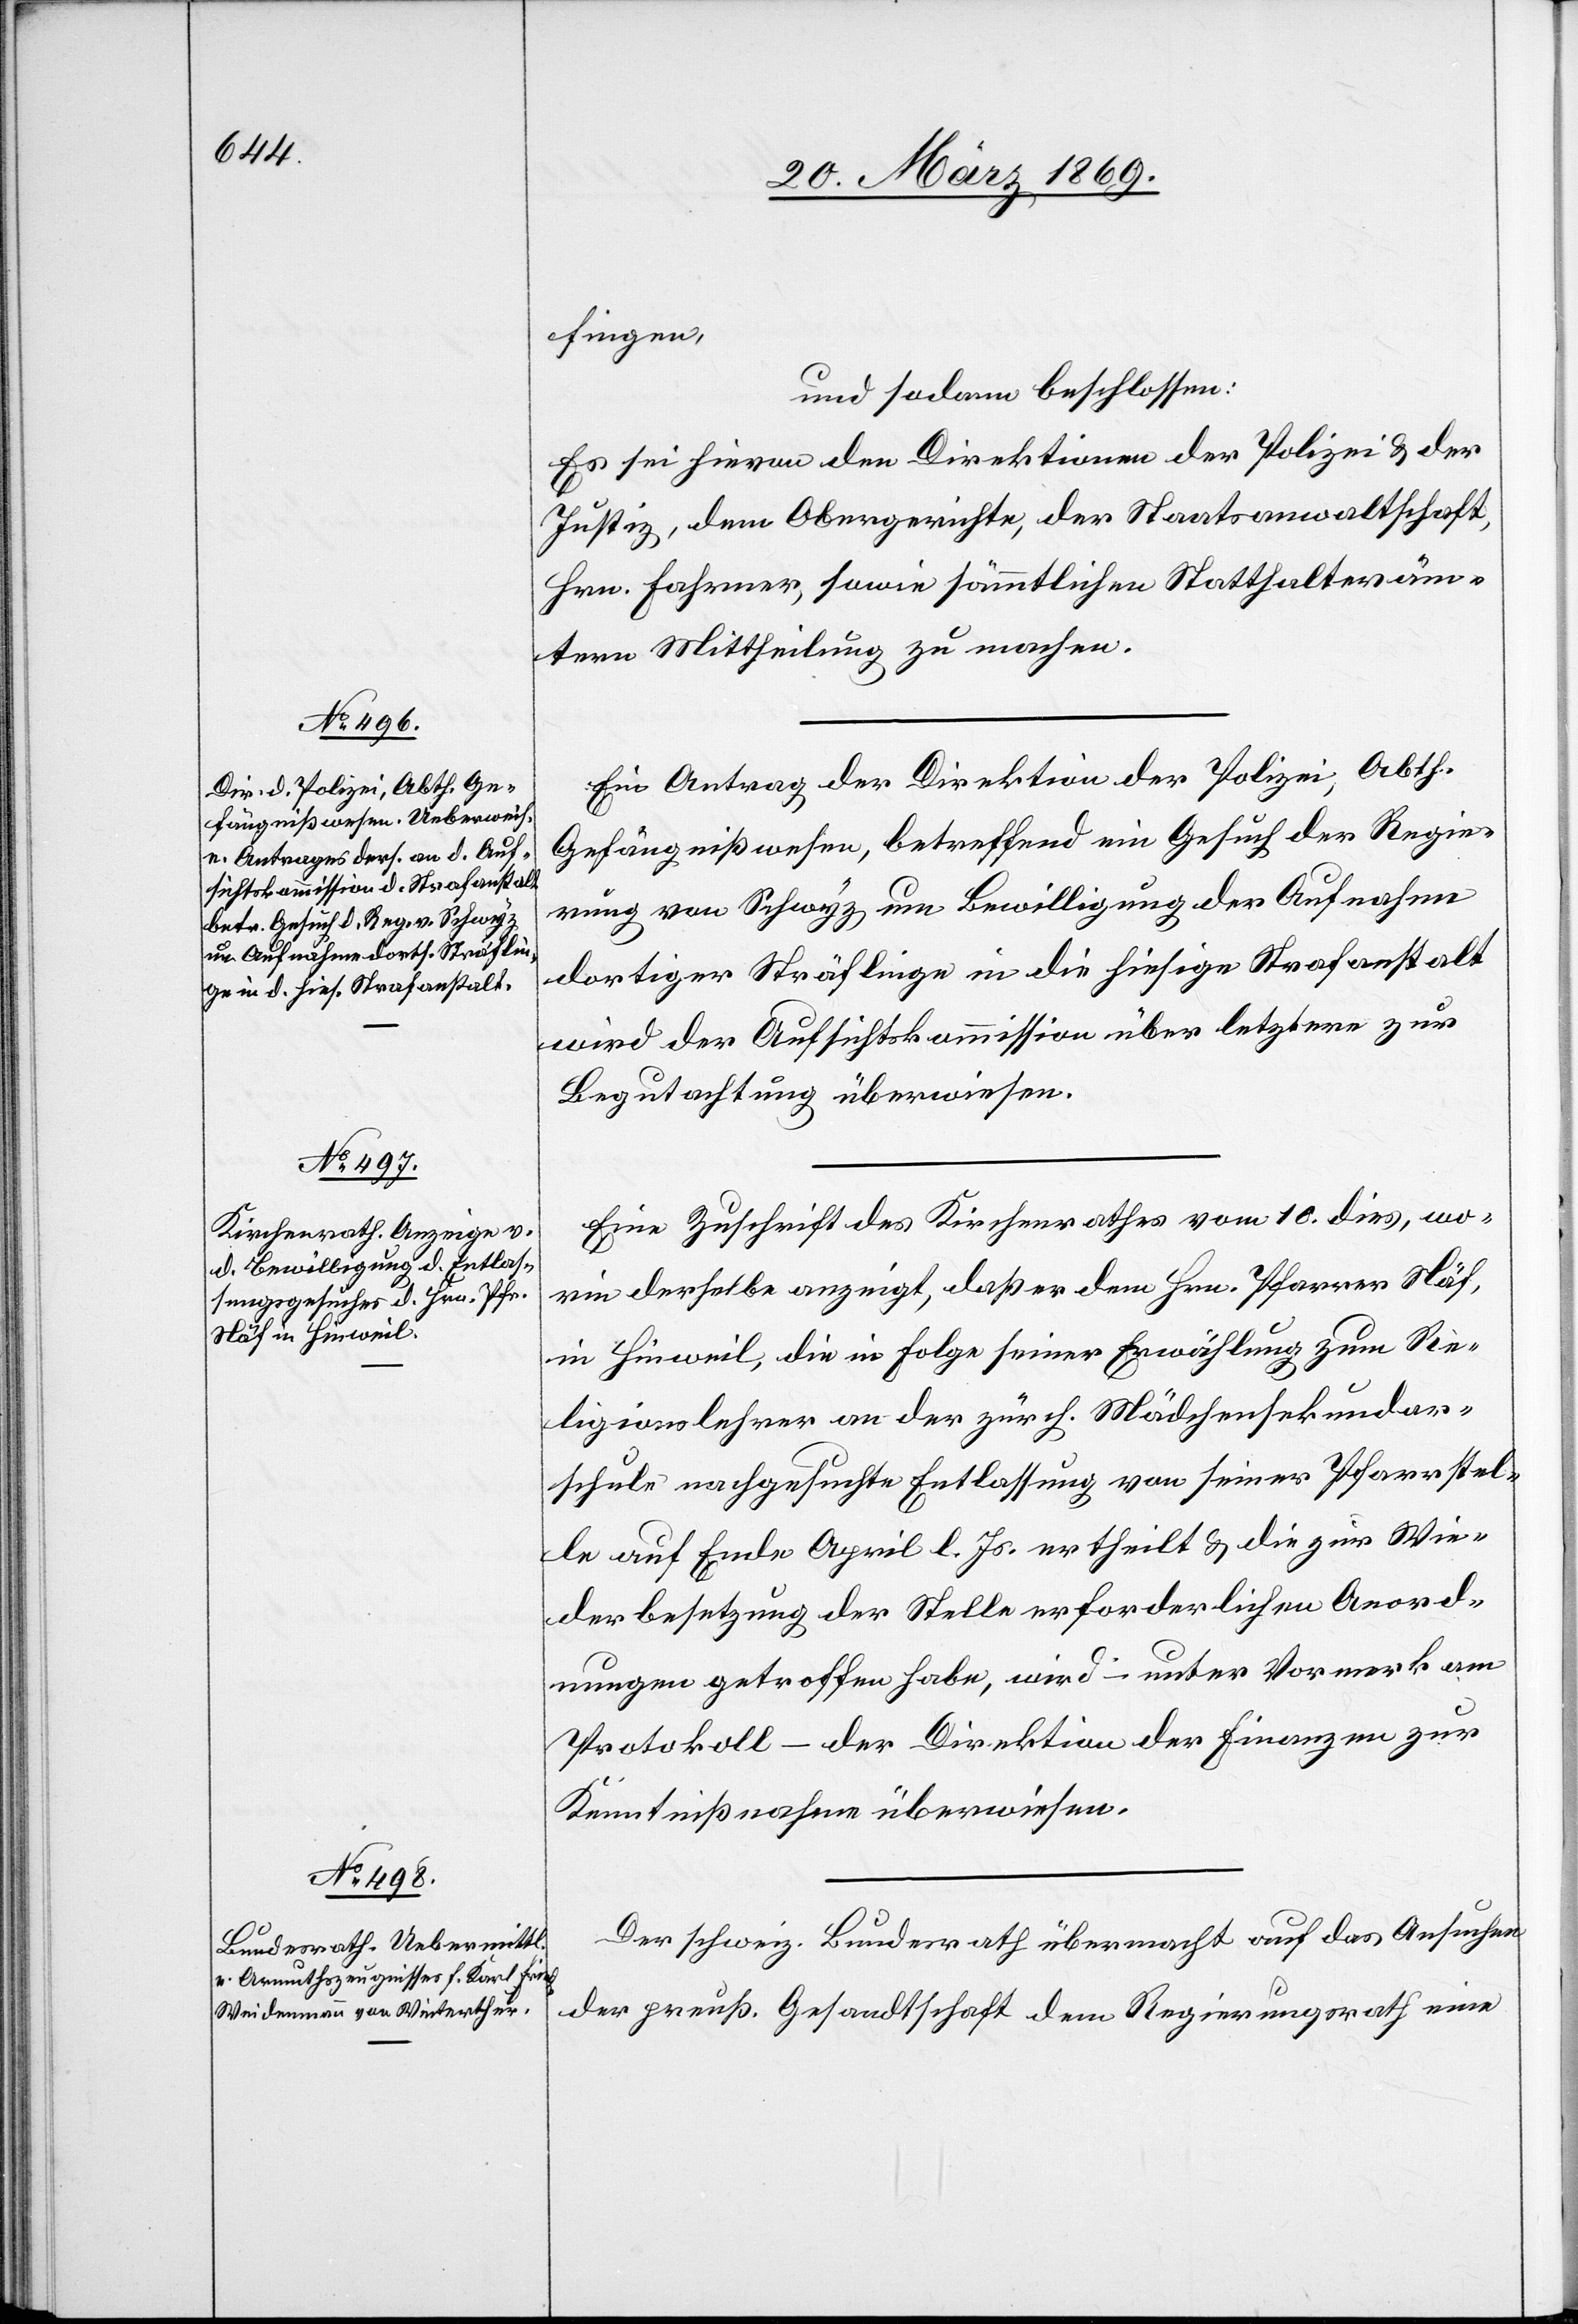
fingen,
und sodann beschlossen:
Es sei hievon den Direktionen der Polizei & der
Justiz, dem Obergerichte, der Staatsanwaltschaft,
Hrn. Fahrner, sowie sämmtlichen Statthalteräm¬
tern Mittheilung zu machen.
Ein Antrag der Direktion der Polizei, Abth.
Gefägnißwesen, betreffend ein Gesuch der Regie¬
rung von Schwyz um Bewilligung der Aufnahme
dortiger Sträflinge in die hiesige Strafanstalt
wird der Aufsichtskommission über letztere zur
Begutachtung überwiesen.
Eine Zuschrift des Kirchenrathes vom 10. dies, wo¬
rin derselbe anzeigt, daß er dem Hrn. Pfarrer Näf,
in Hinweil, die in Folge seiner Erwählung zum Re¬
ligionslehrer an der zürch. Mädchensekundar¬
schule nachgesuchte Entlassung von seiner Pfarrstel¬
le auf Ende April l. Js. ertheilt u. die zur Wie¬
derbesetzung der Stelle erforderlichen Anord¬
nungen getroffen habe, wird – unter Vormerk am
Protokoll – der Direktion der Finanzen zur
Kenntnißnahme überwiesen.
Der schweiz. Bundesrath übermacht auf das Ansuchen
der preuß. Gesandtschaft dem Regierungsrath eine